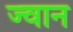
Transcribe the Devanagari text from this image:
ज्वान